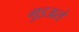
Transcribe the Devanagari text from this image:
गुइअरो